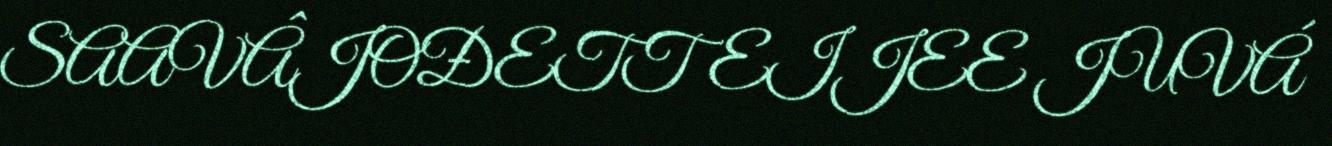
SAAVÂJOĐETTEIJEE JUVÁ